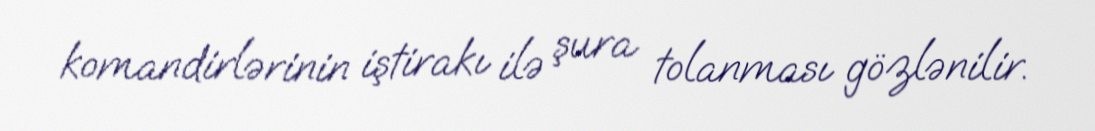
komandirlərinin iştirakı ilə şura tolanması gözlənilir.